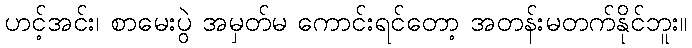
ဟင့်အင်း၊ စာမေးပွဲ အမှတ်မ ကောင်းရင်တော့ အတန်းမတက်နိုင်ဘူး။